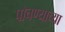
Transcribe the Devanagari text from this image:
पोचण्याच्या